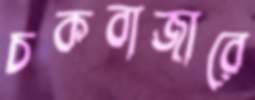
চকবাজারে